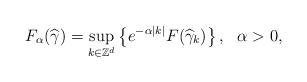
LaTeX: \begin{align*}F_{\alpha }(\widehat{\gamma })=\underset{k\in \mathbb{Z}^{d}}{\mathrm{sup}}\left\{ e^{-\alpha \left\vert k\right\vert }F(\widehat{\gamma }_{k})\right\},\ \ \alpha >0, \end{align*}